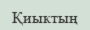
Қиыктың